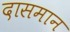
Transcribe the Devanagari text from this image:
दासमान